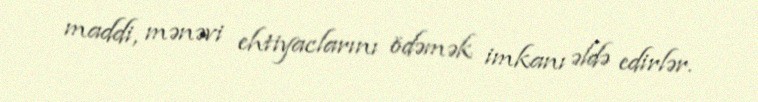
maddi, mənəvi ehtiyaclarını ödəmək imkanı əldə edirlər.